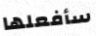
سأفعلها